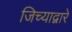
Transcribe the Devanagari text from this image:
जिच्याद्वारे